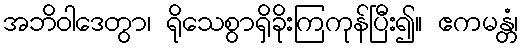
အဘိဝါဒေတွာ၊ ရိုသေစွာရှိခိုးကြကုန်ပြီး၍။ ဧကမန္တံ၊